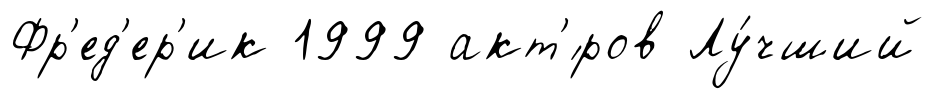
Фр'ед'ер'ик 1999 акт'́ров Лу́чший